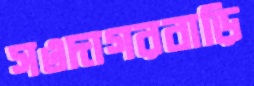
সওদাগরবাড়ি